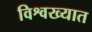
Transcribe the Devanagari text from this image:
विश्वख्यात